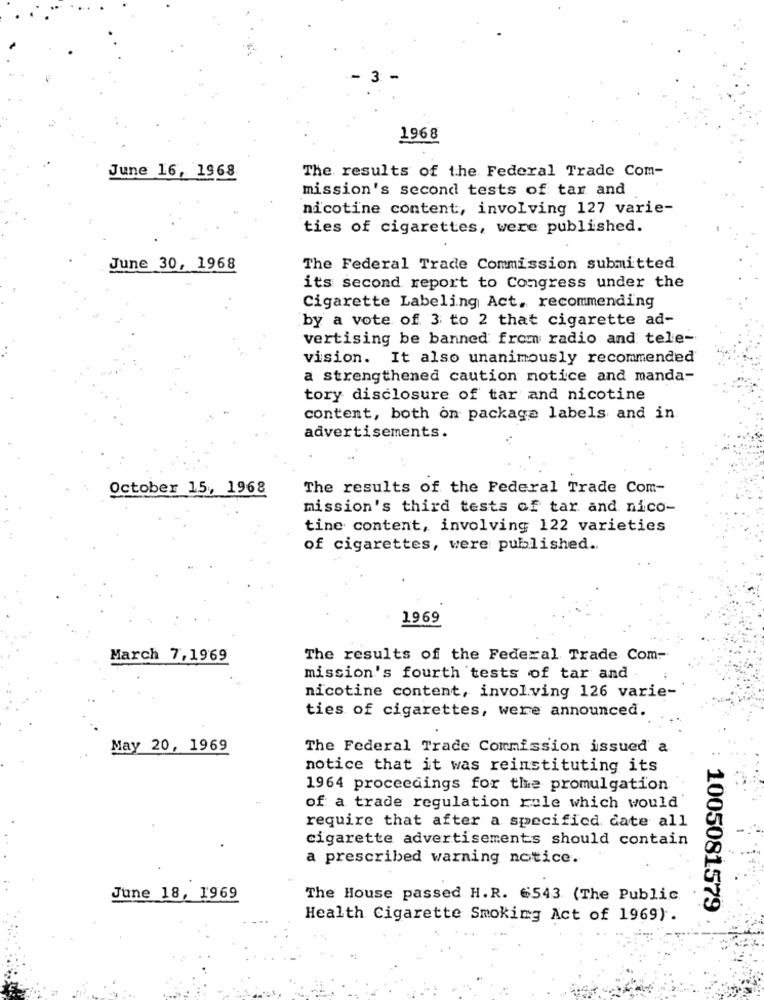
3 -
1968
June 16, 1968
The results of the Federal Trade Com-
mission's second tests of tar and
nicotine content, involving 127 varie-
ties of cigarettes, were published.
June 30, 1968
The Federal Trade Commission submitted
its second report to Congress under the
Cigarette Labeling Act. recommending
by a vote of 3 to 2 that cigarette ad-
vertising be banned from radio and tele-
vision. It also unanimously recommended'
a strengthened caution notice and manda-
tory disclosure of tar and nicotine
content, both on package labels and in.
advertisements.
October 15, 1968
The results of the Federal Trade Com-
mission's third tests of tar and nico-
tine content, involving 122 varieties
of cigarettes, were published ..
1969
March 7,1969
The results of the Federal Trade Com-
mission's fourth tests of tar and
nicotine content, involving 126 varie-
ties of cigarettes, were announced.
May 20, 1969
The Federal Trade Commission issued a
notice that it was reinstituting its
1964 proceedings for the promulgation
of a trade regulation role which would
require that after a specified date all
cigarette advertisements should contain
a prescribed warning notice.
June 18, 1969
The House passed H.R. 6543 (The Public
1005081579
Health Cigarette Smoking Act of 1969).